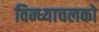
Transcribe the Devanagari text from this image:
विन्ध्याचलको